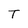
Character: T